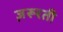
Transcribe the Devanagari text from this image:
ज़रूरती